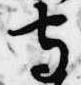
守